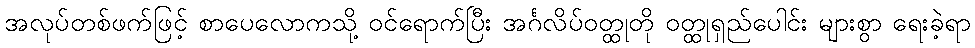
အလုပ်တစ်ဖက်ဖြင့် စာပေလောကသို့ ဝင်ရောက်ပြီး အင်္ဂလိပ်ဝတ္ထုတို ဝတ္ထုရှည်ပေါင်း များစွာ ရေးခဲ့ရာ